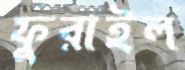
ফুরাইল